Scottish Certificate of Education, 1962
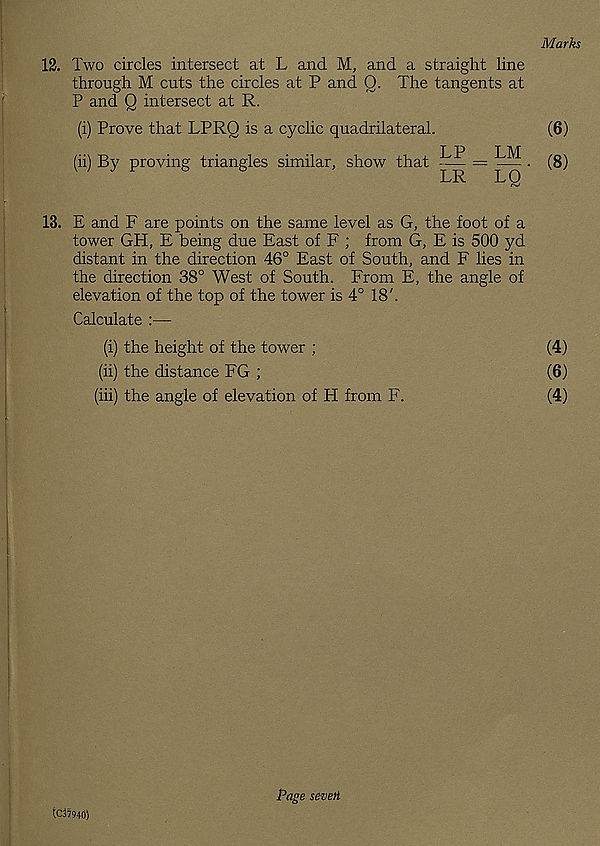
12. Two circles intersect at L and M, and a straight line
through M cuts the circles at P and Q. The tangents at
P and Q intersect at R.
(i) Prove that LPRQ is a cyclic quadrilateral.
LP
LM
(ii) By proving triangles similar, show that
= — .
LR
LQ
13. E and F are points on the same level as G, the foot of a
tower GH, E being due East of F ; from G, E is 500 yd
distant in the direction 46° East of South, and F lies in
the direction 38° West of South. From E, the angle of
elevation of the top of the tower is 4° 18'.
Calculate :—
(i) the height of the tower ;
(ii) the distance FG ;
(hi) the angle of elevation of H from F.
tC37940)
Page seven
Marks
(6)
(8)
(4)
(6)
(4)